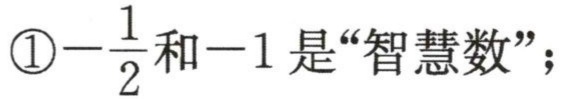
\textcircled{1}\(-\frac{1}{2}\)和\(-1\)是“智慧数”；